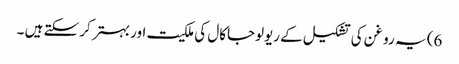
6) یہ روغن کی تشکیل کے ریولوجاکال کی ملکیت اور بہتر کر سکتے ہیں ۔